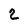
Character: 2